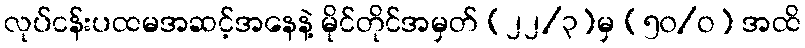
လုပ်ငန်းပထမအဆင့်အနေနဲ့ မိုင်တိုင်အမှတ် (၂၂/၃)မှ (၅၀/ဝ) အထိ